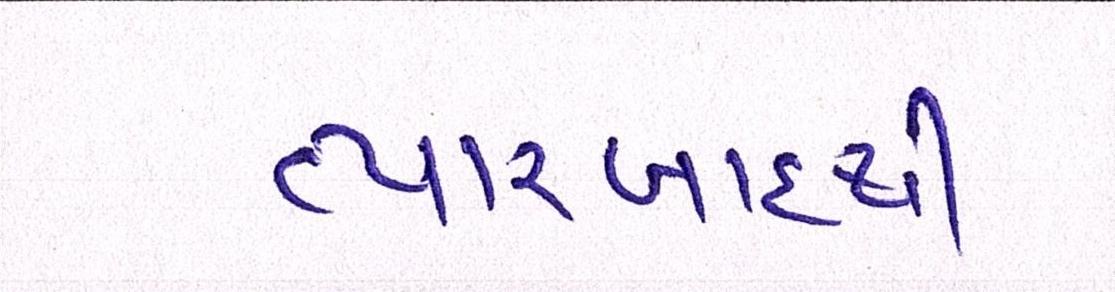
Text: ત્યારબાદથી